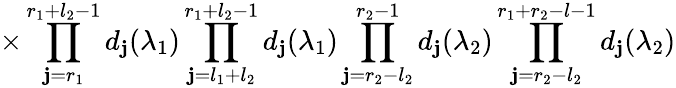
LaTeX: \times\prod_{\mathbf{j}=r_{1}}^{r_{1}+l_{2}-1}d_{\mathbf{j}}(\lambda_{1})\prod_{\mathbf{j}=l_{1}+l_{2}}^{r_{1}+l_{2}-1}d_{\mathbf{j}}(\lambda_{1})\prod_{\mathbf{j}=r_{2}-l_{2}}^{r_{2}-1}d_{\mathbf{j}}(\lambda_{2})\prod_{\mathbf{j}=r_{2}-l_{2}}^{r_{1}+r_{2}-l-1}d_{\mathbf{j}}(\lambda_{2})